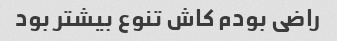
راضی بودم کاش تنوع بیشتر بود